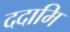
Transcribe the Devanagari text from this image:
ददामि